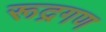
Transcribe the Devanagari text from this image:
रूद्रगण